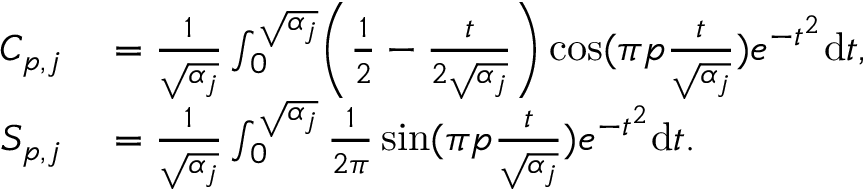
\begin{array} { r l } { C _ { p , j } } & { { } = \frac { 1 } { \sqrt { \alpha _ { j } } } \int _ { 0 } ^ { \sqrt { \alpha _ { j } } } \biggr ( \frac { 1 } { 2 } - \frac { t } { 2 \sqrt { \alpha _ { j } } } \biggr ) \cos ( \pi p \frac { t } { \sqrt { \alpha _ { j } } } ) e ^ { - t ^ { 2 } } \mathrm { d } t , } \\ { S _ { p , j } } & { { } = \frac { 1 } { \sqrt { \alpha _ { j } } } \int _ { 0 } ^ { \sqrt { \alpha _ { j } } } \frac { 1 } { 2 \pi } \sin ( \pi p \frac { t } { \sqrt { \alpha _ { j } } } ) e ^ { - t ^ { 2 } } \mathrm { d } t . } \end{array}